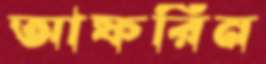
আফরিন